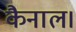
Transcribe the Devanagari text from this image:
कैनाल।